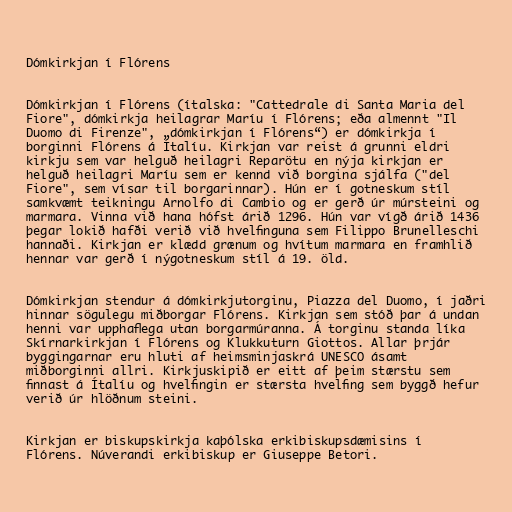
Dómkirkjan í Flórens

Dómkirkjan í Flórens (ítalska: "Cattedrale di Santa Maria del
Fiore", dómkirkja heilagrar Maríu í Flórens; eða almennt "Il
Duomo di Firenze", „dómkirkjan í Flórens“) er dómkirkja í
borginni Flórens á Ítalíu. Kirkjan var reist á grunni eldri
kirkju sem var helguð heilagri Reparötu en nýja kirkjan er
helguð heilagri Maríu sem er kennd við borgina sjálfa ("del
Fiore", sem vísar til borgarinnar). Hún er í gotneskum stíl
samkvæmt teikningu Arnolfo di Cambio og er gerð úr múrsteini og
marmara. Vinna við hana hófst árið 1296. Hún var vígð árið 1436
þegar lokið hafði verið við hvelfinguna sem Filippo Brunelleschi
hannaði. Kirkjan er klædd grænum og hvítum marmara en framhlið
hennar var gerð í nýgotneskum stíl á 19. öld.

Dómkirkjan stendur á dómkirkjutorginu, Piazza del Duomo, í jaðri
hinnar sögulegu miðborgar Flórens. Kirkjan sem stóð þar á undan
henni var upphaflega utan borgarmúranna. Á torginu standa líka
Skírnarkirkjan í Flórens og Klukkuturn Giottos. Allar þrjár
byggingarnar eru hluti af heimsminjaskrá UNESCO ásamt
miðborginni allri. Kirkjuskipið er eitt af þeim stærstu sem
finnast á Ítalíu og hvelfingin er stærsta hvelfing sem byggð hefur
verið úr hlöðnum steini.

Kirkjan er biskupskirkja kaþólska erkibiskupsdæmisins í
Flórens. Núverandi erkibiskup er Giuseppe Betori.